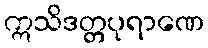
ဣသိဒတ္တပုရာဏေ